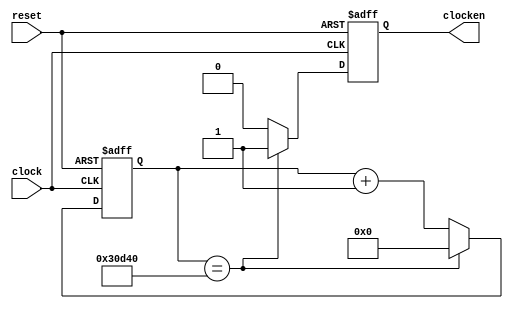
`timescale 1ns / 1ps
// gera 250Hz a partir do relgio de 50MHz 
// (divide por 200000, 18 bits)
module disp7seg_clockgen(clock, reset, clocken);
input  clock, reset;
output clocken;
reg    clocken;

reg [17:0] clkdiv;

always @(posedge clock or posedge reset)
begin
  if ( reset )
  begin
    clkdiv <= 18'b0;
	 clocken <= 1'b0;
  end
  else
  begin
    if ( clkdiv == 18'd200000 )
	 begin
	   clkdiv <= 0;
		clocken <= 1'b1;
	 end
	 else
	 begin
	   clocken <= 1'b0;
		clkdiv <= clkdiv + 1;
	 end
  end
end



endmodule